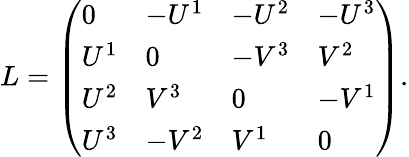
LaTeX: L=\left(\begin{array}{llll}{0}&{-U^{1}}&{-U^{2}}&{-U^{3}}\\ {U^{1}}&{0}&{-V^{3}}&{V^{2}}\\ {U^{2}}&{V^{3}}&{0}&{-V^{1}}\\ {U^{3}}&{-V^{2}}&{V^{1}}&{0}\end{array}\right).